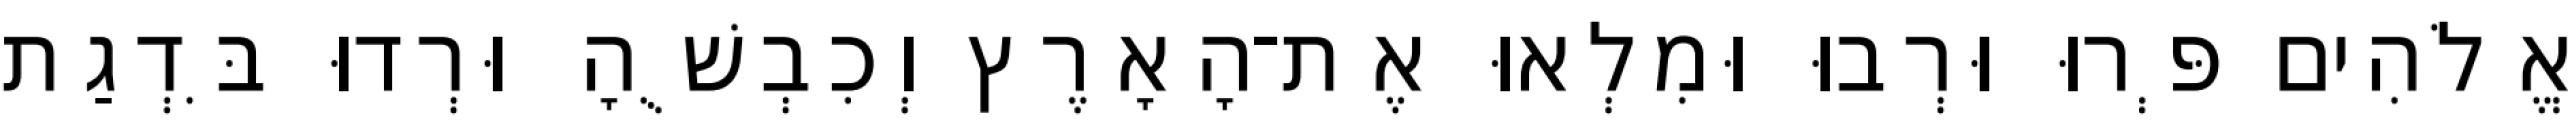
אֱלֹהִים פְּרוּ וּרְבוּ וּמִלְאוּ אֶת־הָאָרֶץ וְכִבְשֻׁהָ וּרְדוּ בִּדְגַת